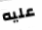
عليه